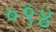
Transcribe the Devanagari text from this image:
०९४